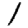
Digit: 1